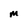
Character: M